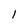
Character: I